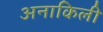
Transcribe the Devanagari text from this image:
अनाकिली